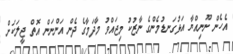
އެހެން ނޫނިއްޔާ އަޅުގަނޑުމެންގެ ނާޒުކު މިޖައްވު މާދަމާގެ ދެން އަންނަން އޮތް ޖީލަކަށް